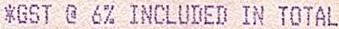
*GST @ 6% INCLUDED IN TOTAL